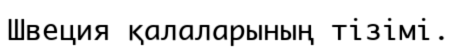
Швеция қалаларының тізімі.